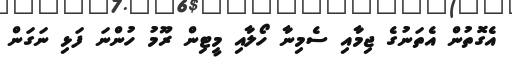
އެގޮތުން އެތަނުގެ ޖިމާއި ސެމިނާ ހޯލާއި މީޓިން ރޫމު ހުންނަ ފަޅި ނަގަން